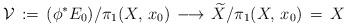
LaTeX: \begin{align*}{\mathcal V}\, :=\, (\phi^*E_0)/\pi_1(X,\, x_0)\, \longrightarrow\,\widetilde{X}/\pi_1(X,\, x_0)\,=\, X\end{align*}